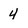
Character: 4